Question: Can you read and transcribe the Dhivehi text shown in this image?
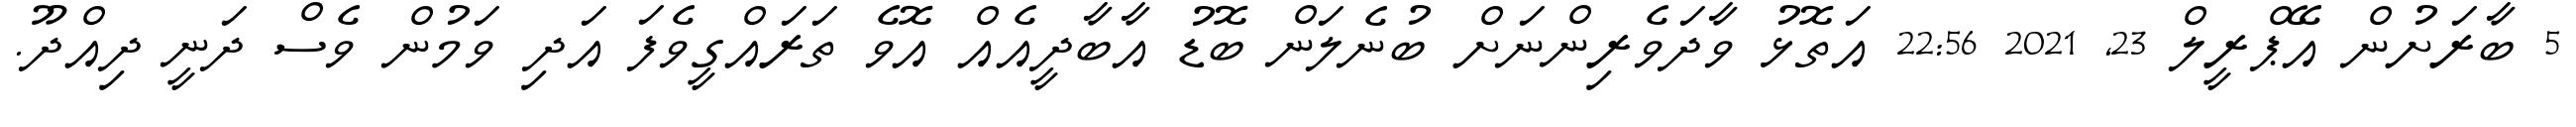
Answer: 5 ބާރަށުން އޭޕްރީލް 23, 2021 22:56 އަތޮޅު ވާދަވެރިންނަށް ބުނެލަން ބޮޑު އާބާދީއެއް އޮވެ ތަރައްގީވެފަ އަދި ވަމުން ވެސް ދަނީ ދިއްދޫ.